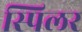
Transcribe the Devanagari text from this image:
स्पिलर